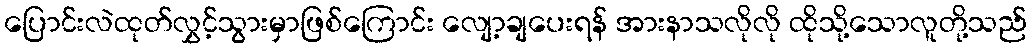
ပြောင်းလဲထုတ်လွှင့်သွားမှာဖြစ်ကြောင်း လျော့ချပေးရန် အားနာသလိုလို ထိုသို့သောလူတို့သည်